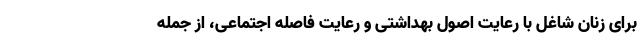
برای زنان شاغل با رعایت اصول بهداشتی و رعایت فاصله اجتماعی، از جمله